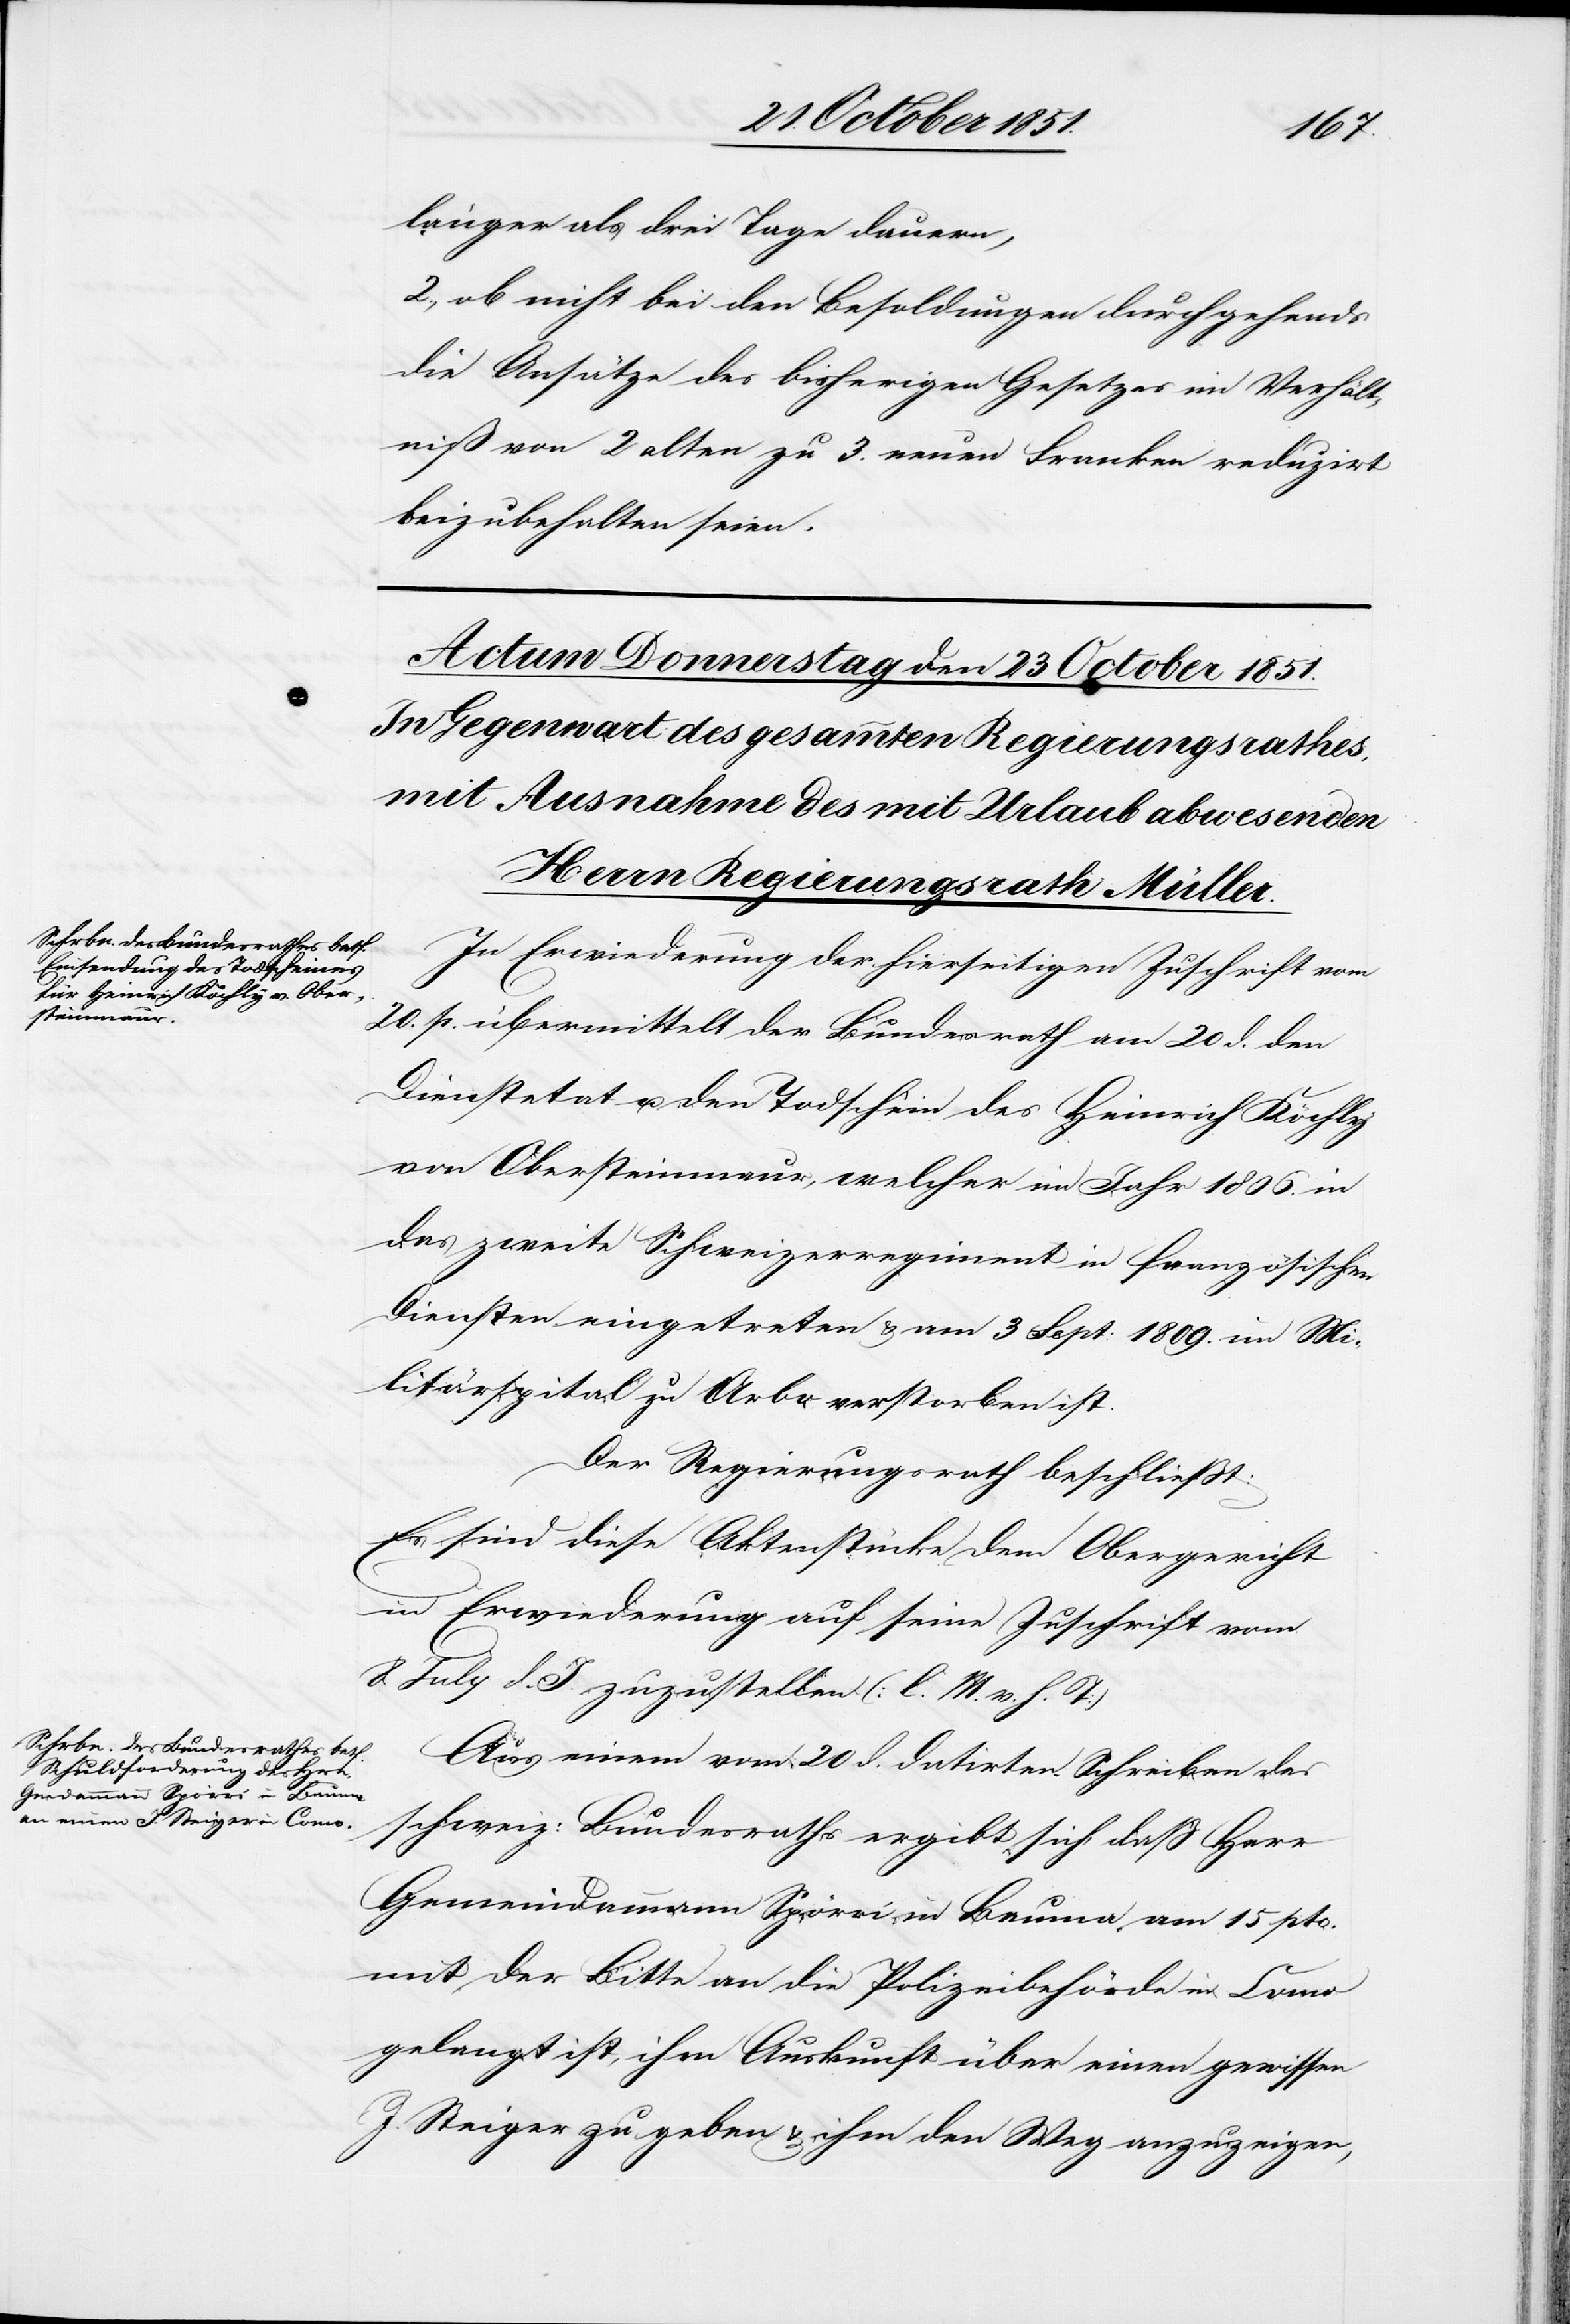
länger als drei Tage dauern,
2., ob nicht bei den Besoldungen durchgehends
die Ansätze des bisherigen Gesetzes im Verhält¬
niß von 2 alten zu 3. neuen Franken reduzirt
beizubehalten seien.
In Erwiederung der hierseitigen Zuschrift vom
20. p. übermittelt der Bundesrath am 20 d. den
Dienstetat u. den Todschein des Heinrich Köchly
von Obersteinmaur, welcher im Jahr 1806. in
das zweite Schweizerregiment in französischen
Diensten eingetreten & am 3 Sept: 1809. im Mi¬
litärspital zu Arbo verstorben ist.
Der Regierungsrath beschließt:
Es sind diese Aktenstücke dem Obergericht
in Erwiederung auf seine Zuschrift vom
8. July d. J. zuzustellen (l. M. v. h. T)[.]
Aus einem vom 20 d. datirten Schreiben des
schweiz: Bundesraths ergibt sich, daß Herr
Gemeindammann Spörri in Bauma am 15 pto.
mit der Bitte an die Polizeibehörde in Como
gelangt ist, ihm Auskunft über einen gewissen
J. Steiger zu geben & ihm den Weg anzuzeigen,